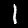
Digit: 1